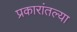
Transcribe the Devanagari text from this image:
प्रकारांतल्या